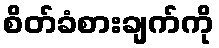
စိတ်ခံစားချက်ကို